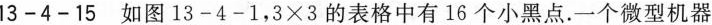
13-4-15如图13-4-1，$$3×3$$的表格中有16个小黑点.一个微型机器